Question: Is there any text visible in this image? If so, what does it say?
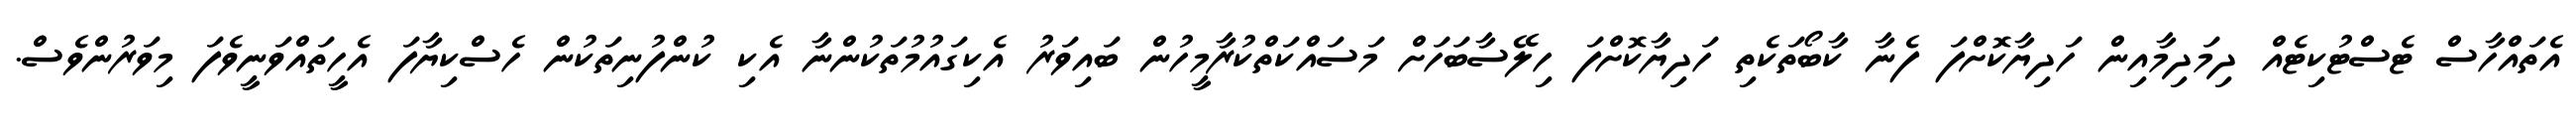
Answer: އެތައްހާސް ޓެސްޓުކިޓެއް ދިމަދިމާއިން ހަދިޔާކޮށްފަ ފެނާ ކާބޯތަކެތި ހަދިޔާކޮށްފަ ހިލޭސާބަހަށް މަސައްކަތްކުރާމީހުން ބައިވަރު އެކިގައުމުތަކުންނާ އެކި ކުންފުނިތަކުން ހެސްކިޔާފަ އެހީތައްވަނީވެފަ މިވަރުންވެސް.